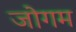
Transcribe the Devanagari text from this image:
जोगम